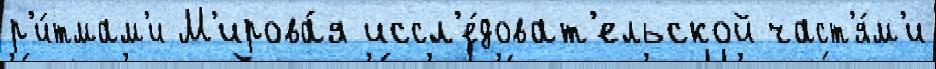
р'и́тмам'и М'ирова́я иссл'е́доват'ельской част'я́м'и